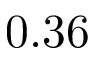
0 . 3 6